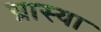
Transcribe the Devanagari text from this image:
ग्रास्या